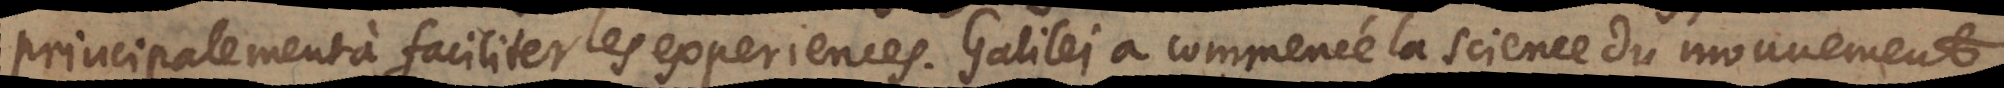
principalement à faciliter les experiences. Galilei a commencé la science du mouvement,